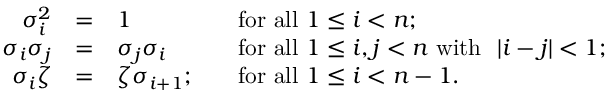
\begin{array} { r c l l } { \sigma _ { i } ^ { 2 } } & { = } & { 1 } & { \quad \mathrm { f o r ~ a l l \ } 1 \leq i < n ; } \\ { \sigma _ { i } \sigma _ { j } } & { = } & { \sigma _ { j } \sigma _ { i } } & { \quad \mathrm { f o r ~ a l l \ } 1 \leq i , j < n \mathrm { \ w i t h \ ~ } | i - j | < 1 ; } \\ { \sigma _ { i } \zeta } & { = } & { \zeta \sigma _ { i + 1 } ; } & { \quad \mathrm { f o r ~ a l l \ } 1 \leq i < n - 1 . } \end{array}